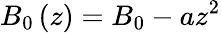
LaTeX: B_{0}\left(z\right)=B_{0}-az^{2}